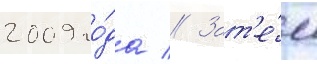
2009 го́да // Зат'е́м